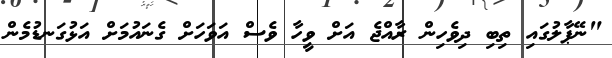
"ނޭޕާލުގައި ތިބި ދިވެހިން ރާއްޖެ އަށް ވީހާ ވެސް އަވަހަށް ގެނައުމަށް އަޅުގަނޑުމެން